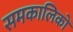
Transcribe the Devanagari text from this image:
समकालिकों